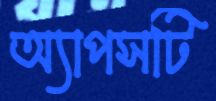
অ্যাপসটি